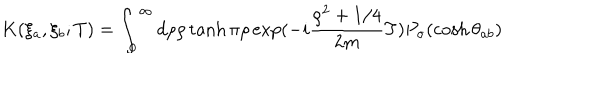
K ( \xi _ { a } , \xi _ { b } ; T ) = \int _ { 0 } ^ { \infty } d \rho \rho \tanh \pi \rho \exp ( - i \frac { \rho ^ { 2 } + 1 / 4 } { 2 m } T ) P _ { \sigma } ( \cosh \theta _ { a b } )